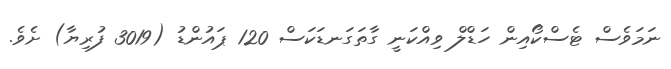
ނަމަވެސް ޓެސްކޯއިން ހަޑްލް ވިއްކަނީ ގާތަގަނޑަކަސް 120 ޕައުންޑު (3019 ފުރިޔާ) ށެވެ.